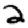
Digit: 2